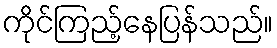
ကိုင်ကြည့်နေပြန်သည်။